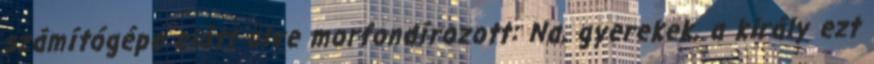
számítógépe előtt ülve morfondírozott: Na, gyerekek, a király ezt